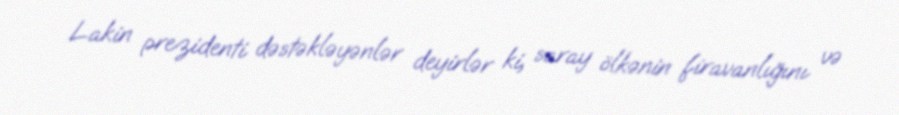
Lakin prezidenti dəstəkləyənlər deyirlər ki, saray ölkənin firavanlığını və